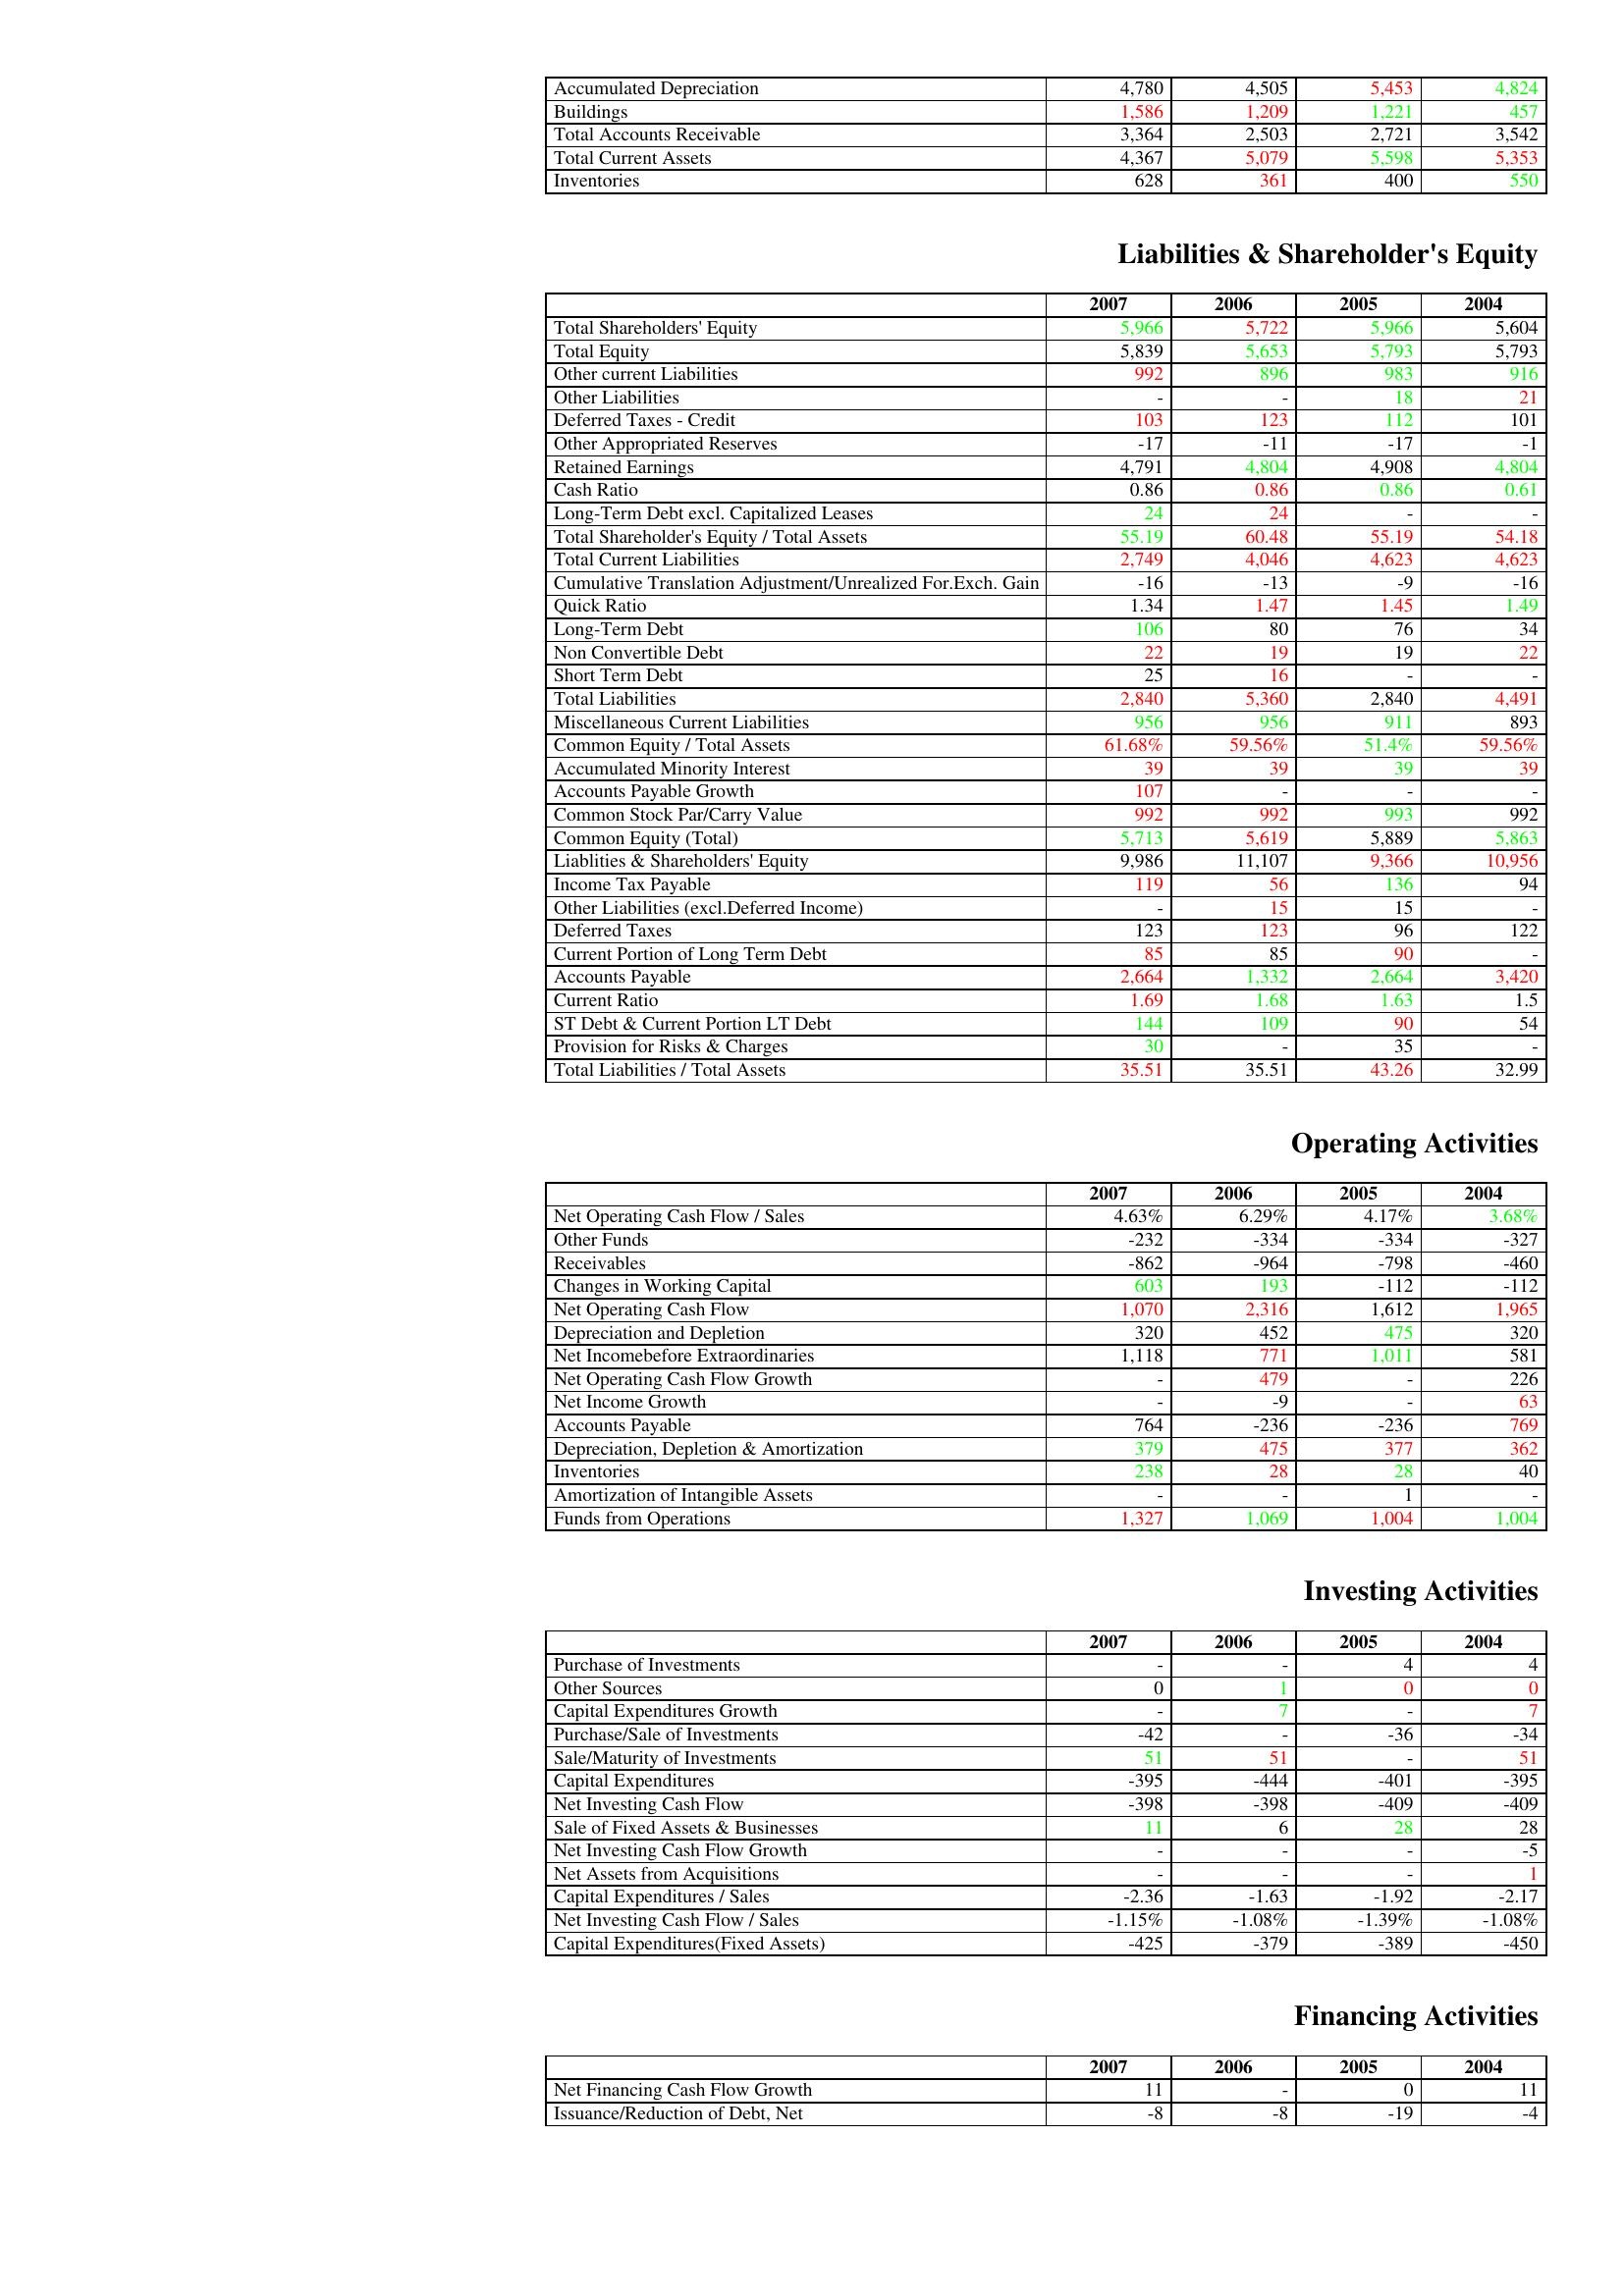
gt_parse: 2007: Assets: Accumulated Depreciation: 4,780
Buildings: 1,586
Total Accounts Receivable: 3,364
Total Current Assets: 4,367
Inventories: 628
Liabilities & Shareholder's Equity: Total Shareholders' Equity: 5,966
Total Equity: 5,839
Other current Liabilities: 992
Other Liabilities: -
Deferred Taxes - Credit: 103
Other Appropriated Reserves: -17
Retained Earnings: 4,791
Cash Ratio: 0.86
Long-Term Debt excl. Capitalized Leases: 24
Total Shareholder's Equity / Total Assets: 55.19
Total Current Liabilities: 2,749
Cumulative Translation Adjustment/Unrealized For.Exch. Gain: -16
Quick Ratio: 1.34
Long-Term Debt: 106
Non Convertible Debt: 22
Short Term Debt: 25
Total Liabilities: 2,840
Miscellaneous Current Liabilities: 956
Common Equity / Total Assets: 61.68%
Accumulated Minority Interest: 39
Accounts Payable Growth: 107
Common Stock Par/Carry Value: 992
Common Equity (Total): 5,713
Liablities & Shareholders' Equity: 9,986
Income Tax Payable: 119
Other Liabilities (excl.Deferred Income): -
Deferred Taxes: 123
Current Portion of Long Term Debt: 85
Accounts Payable: 2,664
Current Ratio: 1.69
ST Debt & Current Portion LT Debt: 144
Provision for Risks & Charges: 30
Total Liabilities / Total Assets: 35.51
Operating Activities: Net Operating Cash Flow / Sales: 4.63%
Other Funds: -232
Receivables: -862
Changes in Working Capital: 603
Net Operating Cash Flow: 1,070
Depreciation and Depletion: 320
Net Incomebefore Extraordinaries: 1,118
Net Operating Cash Flow Growth: -
Net Income Growth: -
Accounts Payable: 764
Depreciation, Depletion & Amortization: 379
Inventories: 238
Amortization of Intangible Assets: -
Funds from Operations: 1,327
Investing Activities: Purchase of Investments: -
Other Sources: 0
Capital Expenditures Growth: -
Purchase/Sale of Investments: -42
Sale/Maturity of Investments: 51
Capital Expenditures: -395
Net Investing Cash Flow: -398
Sale of Fixed Assets & Businesses: 11
Net Investing Cash Flow Growth: -
Net Assets from Acquisitions: -
Capital Expenditures / Sales: -2.36
Net Investing Cash Flow / Sales: -1.15%
Capital Expenditures(Fixed Assets): -425
Financing Activities: Net Financing Cash Flow Growth: 11
Issuance/Reduction of Debt, Net: -8
2006: Assets: Accumulated Depreciation: 4,505
Buildings: 1,209
Total Accounts Receivable: 2,503
Total Current Assets: 5,079
Inventories: 361
Liabilities & Shareholder's Equity: Total Shareholders' Equity: 5,722
Total Equity: 5,653
Other current Liabilities: 896
Other Liabilities: -
Deferred Taxes - Credit: 123
Other Appropriated Reserves: -11
Retained Earnings: 4,804
Cash Ratio: 0.86
Long-Term Debt excl. Capitalized Leases: 24
Total Shareholder's Equity / Total Assets: 60.48
Total Current Liabilities: 4,046
Cumulative Translation Adjustment/Unrealized For.Exch. Gain: -13
Quick Ratio: 1.47
Long-Term Debt: 80
Non Convertible Debt: 19
Short Term Debt: 16
Total Liabilities: 5,360
Miscellaneous Current Liabilities: 956
Common Equity / Total Assets: 59.56%
Accumulated Minority Interest: 39
Accounts Payable Growth: -
Common Stock Par/Carry Value: 992
Common Equity (Total): 5,619
Liablities & Shareholders' Equity: 11,107
Income Tax Payable: 56
Other Liabilities (excl.Deferred Income): 15
Deferred Taxes: 123
Current Portion of Long Term Debt: 85
Accounts Payable: 1,332
Current Ratio: 1.68
ST Debt & Current Portion LT Debt: 109
Provision for Risks & Charges: -
Total Liabilities / Total Assets: 35.51
Operating Activities: Net Operating Cash Flow / Sales: 6.29%
Other Funds: -334
Receivables: -964
Changes in Working Capital: 193
Net Operating Cash Flow: 2,316
Depreciation and Depletion: 452
Net Incomebefore Extraordinaries: 771
Net Operating Cash Flow Growth: 479
Net Income Growth: -9
Accounts Payable: -236
Depreciation, Depletion & Amortization: 475
Inventories: 28
Amortization of Intangible Assets: -
Funds from Operations: 1,069
Investing Activities: Purchase of Investments: -
Other Sources: 1
Capital Expenditures Growth: 7
Purchase/Sale of Investments: -
Sale/Maturity of Investments: 51
Capital Expenditures: -444
Net Investing Cash Flow: -398
Sale of Fixed Assets & Businesses: 6
Net Investing Cash Flow Growth: -
Net Assets from Acquisitions: -
Capital Expenditures / Sales: -1.63
Net Investing Cash Flow / Sales: -1.08%
Capital Expenditures(Fixed Assets): -379
Financing Activities: Net Financing Cash Flow Growth: -
Issuance/Reduction of Debt, Net: -8
2005: Assets: Accumulated Depreciation: 5,453
Buildings: 1,221
Total Accounts Receivable: 2,721
Total Current Assets: 5,598
Inventories: 400
Liabilities & Shareholder's Equity: Total Shareholders' Equity: 5,966
Total Equity: 5,793
Other current Liabilities: 983
Other Liabilities: 18
Deferred Taxes - Credit: 112
Other Appropriated Reserves: -17
Retained Earnings: 4,908
Cash Ratio: 0.86
Long-Term Debt excl. Capitalized Leases: -
Total Shareholder's Equity / Total Assets: 55.19
Total Current Liabilities: 4,623
Cumulative Translation Adjustment/Unrealized For.Exch. Gain: -9
Quick Ratio: 1.45
Long-Term Debt: 76
Non Convertible Debt: 19
Short Term Debt: -
Total Liabilities: 2,840
Miscellaneous Current Liabilities: 911
Common Equity / Total Assets: 51.4%
Accumulated Minority Interest: 39
Accounts Payable Growth: -
Common Stock Par/Carry Value: 993
Common Equity (Total): 5,889
Liablities & Shareholders' Equity: 9,366
Income Tax Payable: 136
Other Liabilities (excl.Deferred Income): 15
Deferred Taxes: 96
Current Portion of Long Term Debt: 90
Accounts Payable: 2,664
Current Ratio: 1.63
ST Debt & Current Portion LT Debt: 90
Provision for Risks & Charges: 35
Total Liabilities / Total Assets: 43.26
Operating Activities: Net Operating Cash Flow / Sales: 4.17%
Other Funds: -334
Receivables: -798
Changes in Working Capital: -112
Net Operating Cash Flow: 1,612
Depreciation and Depletion: 475
Net Incomebefore Extraordinaries: 1,011
Net Operating Cash Flow Growth: -
Net Income Growth: -
Accounts Payable: -236
Depreciation, Depletion & Amortization: 377
Inventories: 28
Amortization of Intangible Assets: 1
Funds from Operations: 1,004
Investing Activities: Purchase of Investments: 4
Other Sources: 0
Capital Expenditures Growth: -
Purchase/Sale of Investments: -36
Sale/Maturity of Investments: -
Capital Expenditures: -401
Net Investing Cash Flow: -409
Sale of Fixed Assets & Businesses: 28
Net Investing Cash Flow Growth: -
Net Assets from Acquisitions: -
Capital Expenditures / Sales: -1.92
Net Investing Cash Flow / Sales: -1.39%
Capital Expenditures(Fixed Assets): -389
Financing Activities: Net Financing Cash Flow Growth: 0
Issuance/Reduction of Debt, Net: -19
2004: Assets: Accumulated Depreciation: 4,824
Buildings: 457
Total Accounts Receivable: 3,542
Total Current Assets: 5,353
Inventories: 550
Liabilities & Shareholder's Equity: Total Shareholders' Equity: 5,604
Total Equity: 5,793
Other current Liabilities: 916
Other Liabilities: 21
Deferred Taxes - Credit: 101
Other Appropriated Reserves: -1
Retained Earnings: 4,804
Cash Ratio: 0.61
Long-Term Debt excl. Capitalized Leases: -
Total Shareholder's Equity / Total Assets: 54.18
Total Current Liabilities: 4,623
Cumulative Translation Adjustment/Unrealized For.Exch. Gain: -16
Quick Ratio: 1.49
Long-Term Debt: 34
Non Convertible Debt: 22
Short Term Debt: -
Total Liabilities: 4,491
Miscellaneous Current Liabilities: 893
Common Equity / Total Assets: 59.56%
Accumulated Minority Interest: 39
Accounts Payable Growth: -
Common Stock Par/Carry Value: 992
Common Equity (Total): 5,863
Liablities & Shareholders' Equity: 10,956
Income Tax Payable: 94
Other Liabilities (excl.Deferred Income): -
Deferred Taxes: 122
Current Portion of Long Term Debt: -
Accounts Payable: 3,420
Current Ratio: 1.5
ST Debt & Current Portion LT Debt: 54
Provision for Risks & Charges: -
Total Liabilities / Total Assets: 32.99
Operating Activities: Net Operating Cash Flow / Sales: 3.68%
Other Funds: -327
Receivables: -460
Changes in Working Capital: -112
Net Operating Cash Flow: 1,965
Depreciation and Depletion: 320
Net Incomebefore Extraordinaries: 581
Net Operating Cash Flow Growth: 226
Net Income Growth: 63
Accounts Payable: 769
Depreciation, Depletion & Amortization: 362
Inventories: 40
Amortization of Intangible Assets: -
Funds from Operations: 1,004
Investing Activities: Purchase of Investments: 4
Other Sources: 0
Capital Expenditures Growth: 7
Purchase/Sale of Investments: -34
Sale/Maturity of Investments: 51
Capital Expenditures: -395
Net Investing Cash Flow: -409
Sale of Fixed Assets & Businesses: 28
Net Investing Cash Flow Growth: -5
Net Assets from Acquisitions: 1
Capital Expenditures / Sales: -2.17
Net Investing Cash Flow / Sales: -1.08%
Capital Expenditures(Fixed Assets): -450
Financing Activities: Net Financing Cash Flow Growth: 11
Issuance/Reduction of Debt, Net: -4